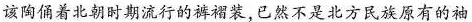
该陶俑着北朝时期流行的裤裙装，已然不是北方民族原有的袖